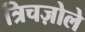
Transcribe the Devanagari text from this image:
त्रिचज़ोले